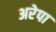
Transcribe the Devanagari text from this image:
अरेपा